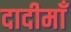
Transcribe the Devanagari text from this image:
दादीमाँ